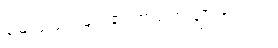
မြေလူးငှက်များ၏ အသံက ချိုသာသည်။